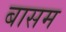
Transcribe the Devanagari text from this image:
बासम